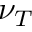
\nu _ { T }